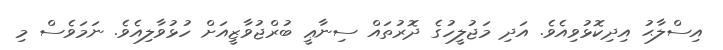
އިސްލާޙު އިދިކޮޅުވިއެވެ. އަދި މަޖުލީހުގެ ދޮރުތައް ސިނާޢީ ބުރްޖުވާޒީއަށް ހުޅުވާލިއެވެ. ނަމަވެސް މި